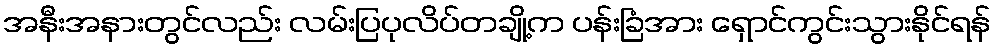
အနီးအနားတွင်လည်း လမ်းပြပုလိပ်တချို့က ပန်းခြံအား ရှောင်ကွင်းသွားနိုင်ရန်